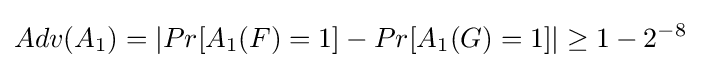
Adv(A_{1})=|Pr[A_{1}(F)=1]-Pr[A_{1}(G)=1]|\geq 1-2^{-8}